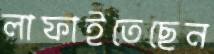
লাফাইতেছেন